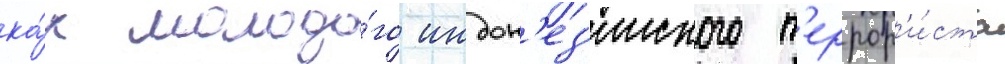
ка́к молодо́го индон'ез'ииского т'еррор'и́ста